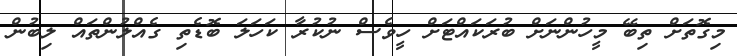
މިގޮތަށް ތިބޭ މީހުންނަށް ބުރަކައްޓަށް ހީވެސް ނުކުރާ ކަހަލަ ބޮޑެތި ގެއްލުންތައް ލިބުން